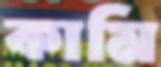
কামি